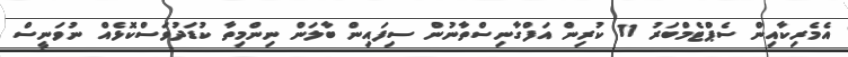
އެމެރިކާއިން ސެޕްޓެމްބަރު 11 ކުރިން އަފްގާނިސްތާނުން ސިފައިން ބާލަން ނިންމިތާ ކުޑަދުވަސްކޮޅެއް ނުވަނީސް